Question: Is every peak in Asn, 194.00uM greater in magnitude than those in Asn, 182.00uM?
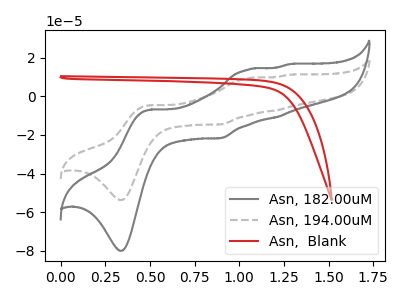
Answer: <think>The gray curve "Asn, 182.00uM" has anodic peaks at (0.50V, -6.95uA) (1.05V, 13.80uA) (1.20V, -10.80uA) (1.30V, 16.65uA) and cathodic peaks at (0.35V, -80.05uA) (0.90V, -21.65uA). The gray dashed curve "Asn, 194.00uM" has anodic peaks at (0.50V, -4.65uA) (1.05V, 9.25uA) (1.20V, -7.25uA) (1.30V, 11.15uA) and cathodic peaks at (0.35V, -53.75uA) (0.90V, -14.55uA). The red curve "Asn,  Blank" has no peaks.</think>
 <answer>The peaks in "Asn, 194.00uM" are neither all higher or all lower than the peaks in "Asn, 182.00uM".</answer>
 <eval>mixed</eval>